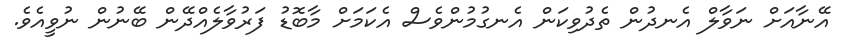
އޭނާއަށް ނަވާލް އެނދުން ތެދުވިކަން އެނގުމުންވެސް އެކަމަށް މާބޮޑު ފަރުވާލެއްދޭން ބޭނުން ނުވީއެވެ.